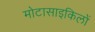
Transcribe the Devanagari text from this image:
मोटासाइकिलों